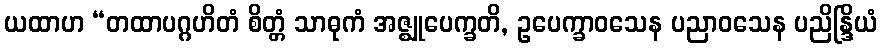
ယထာဟ “တထာပဂ္ဂဟိတံ စိတ္တံ သာဓုကံ အဇ္ဈုပေက္ခတိ, ဥပေက္ခာဝသေန ပညာဝသေန ပညိန္ဒြိယံ